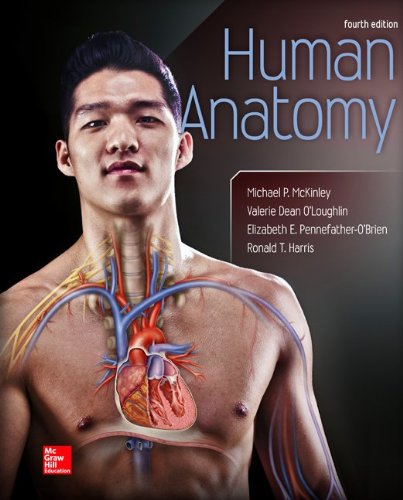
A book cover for Human Anatomy; Michael McKinley; Medical Books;